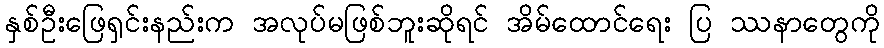
နှစ်ဦးဖြေရှင်းနည်းက အလုပ်မဖြစ်ဘူးဆိုရင် အိမ်ထောင်ရေး ပြ ဿနာတွေကို